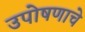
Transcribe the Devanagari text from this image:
उपोषणाचे